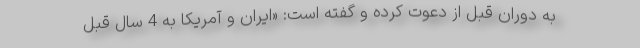
به دوران قبل از دعوت کرده و گفته است: «ایران و آمریکا به 4 سال قبل